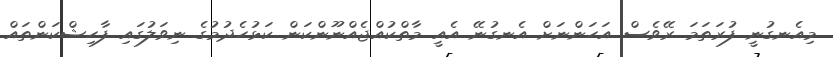
މިއެނގުނީ ފުރަތަމަ ރޭވެސް އަހަންނަށް އެނގުނޭ އެއީ މާތްކުއްޖެއްނޫންކަން ކަޅުހެދުމުގެ ނިވަލުގައި ފާހިޝްކަންތައް